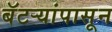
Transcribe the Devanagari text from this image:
बॅटर्‍यांपासून